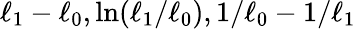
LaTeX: \ell_{1}-\ell_{0},\ln(\ell_{1}/\ell_{0}),1/\ell_{0}-1/\ell_{1}